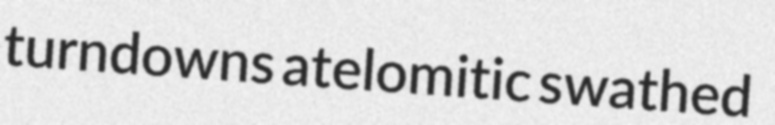
turndowns atelomitic swathed